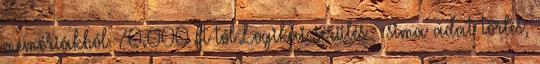
memóriákból 70.000 Ft-tól Logikai sérülés – sima adat törlés,